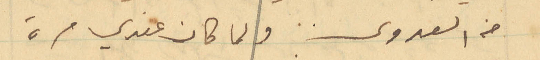
من العدوى ولما كان عندي مرة